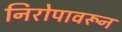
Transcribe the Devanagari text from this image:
निरोपावरून